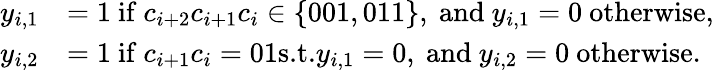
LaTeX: \begin{array}{rl}{y_{i,1}}&{=1\mathrm{~if~}c_{i+2}c_{i+1}c_{i}\in\{ 001,011\} ,\mathrm{~and~}y_{i,1}=0\mathrm{~otherwise},}\\ {y_{i,2}}&{=1\mathrm{~if~}c_{i+1}c_{i}=01\textup{s.t.}y_{i,1}=0,\mathrm{~and~}y_{i,2}=0\mathrm{~otherwise}.}\end{array}